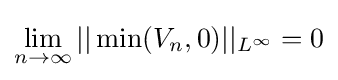
\lim _{n\to \infty }||\min(V_{n},0)||_{L^{\infty }}=0